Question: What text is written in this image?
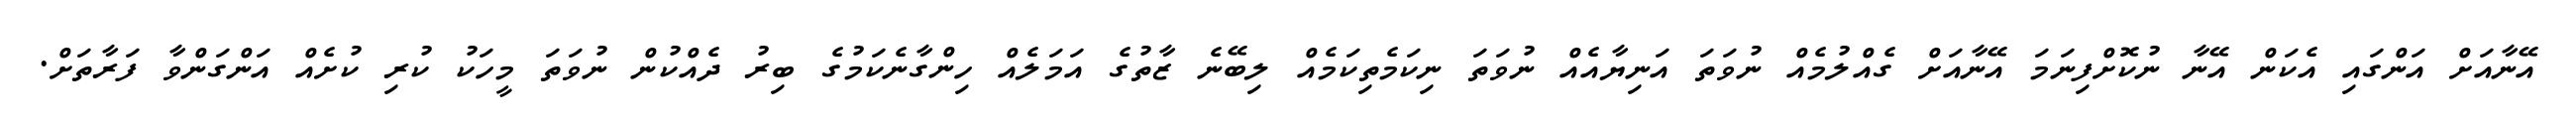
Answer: އޭނާއަށް އަންގައި އެކަން އޭނާ ނުކޮށްފިނަމަ އޭނާއަށް ގެއްލުމެއް ނުވަތަ އަނިޔާއެއް ނުވަތަ ނިކަމެތިކަމެއް ލިބޭނެ ޒާތުގެ އަމަލެއް ހިންގާނެކަމުގެ ބިރު ދެއްކުން ނުވަތަ މީހަކު ކުރި ކުށެއް އަންގަންވާ ފަރާތަށް.